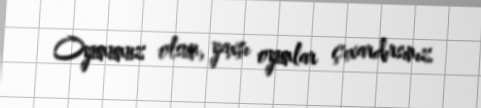
Oyununuz olsun, yaxşı oyunlar çıxardırsınız.